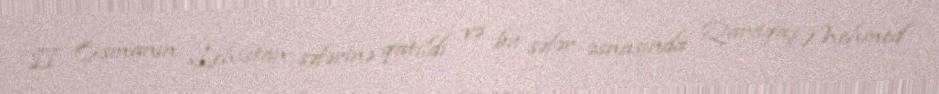
II Osmanın Lehistan səfərinə qatıldı və bu səfər əsnasında Qaraqaş Mehmed